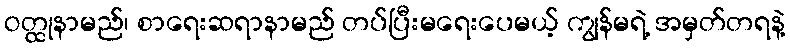
ဝတ္ထုနာမည်၊ စာရေးဆရာနာမည် တပ်ပြီးမရေးပေမယ့် ကျွန်မရဲ့ အမှတ်တရနဲ့